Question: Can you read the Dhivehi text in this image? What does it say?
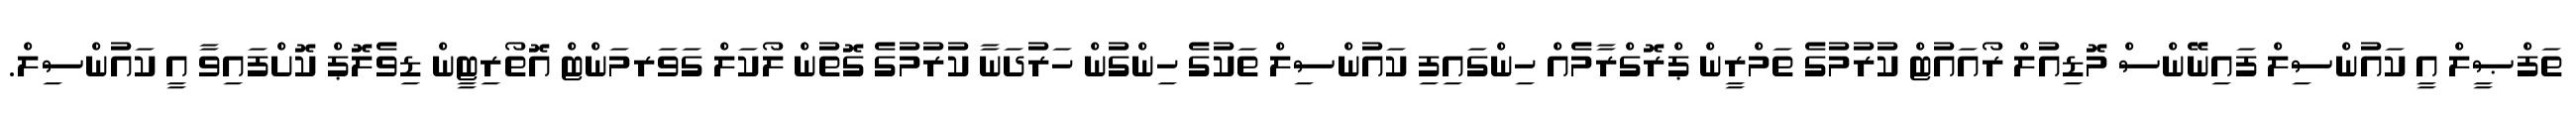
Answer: ތަފްޞީލް އީ ކައުންސިލް ފައިނޭންސް މޮޑިއުލް ރޯއައުޓް ކުރުމުގެ ތަމްރީން ޕްރޮގްރާމެއް ހިންގައިފި ކައުންސިލް ތަކުގެ ހިންގުން ހަރުދަނާ ކުރުމުގެ ގޮތުން ލޯކަލް ގަވަރމަންޓް އޮތޯރިޓީން ޑިވެލޮޕް ކޮށްފައިވާ އީ ކައުންސިލް.